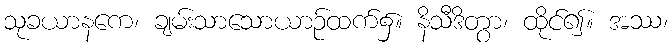
သုခယာနကေ၊ ချမ်းသာသောယာဉ်ထက်၌။ နိသီဒိတွာ၊ ထိုင်၍။ အဿ၊